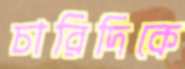
চারিদিকে